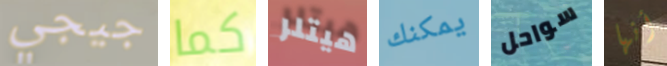
جيجي كما هيتلر يمكنك سواحل أنها